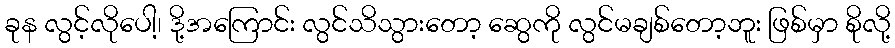
ခုန လွင့်လိုပေါ့၊ ဒို့အကြောင်း လွင်သိသွားတော့ ဆွေကို လွင်မချစ်တော့ဘူး ဖြစ်မှာ စိုလို့